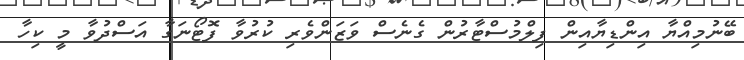
ބޭނުމިއްޔާ އިންޑިޔާއިން ފިލްމުސްޓާރުން ގެނެސް ވަޒަންވެރި ކުރުވާ ފޮޓޯނަގާ އަސްދުވާ މީ ކިހާ